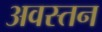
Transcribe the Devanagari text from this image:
अवस्तन